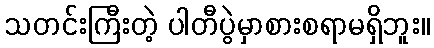
သတင်းကြီးတဲ့ ပါတီပွဲမှာစားစရာမရှိဘူး။